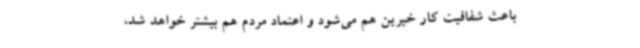
باعث شفافیت کار خیرین هم می‌شود و اعتماد مردم هم بیشتر خواهد شد،